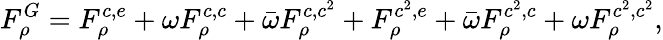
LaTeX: F_{\rho}^{G}=F_{\rho}^{c,e}+\omega F_{\rho}^{c,c}+\bar{\omega}F_{\rho}^{c,c^{2}}+F_{\rho}^{c^{2},e}+\bar{\omega}F_{\rho}^{c^{2},c}+\omega F_{\rho}^{c^{2},c^{2}},